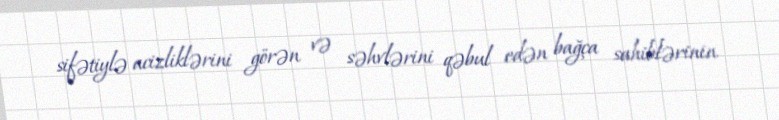
sifətiylə acizliklərini görən və səhvlərini qəbul edən bağça sahiblərinin